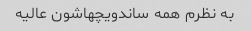
به نظرم همه ساندویچهاشون عالیه